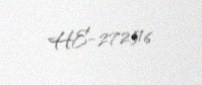
HE-272516